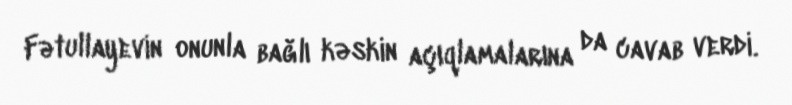
Fətullayevin onunla bağlı kəskin açıqlamalarına da cavab verdi.